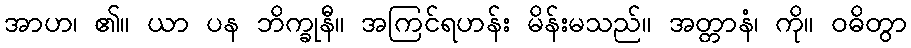
အာဟ၊ ၏။ ယာ ပန ဘိက္ခုနီ။ အကြင်ရဟန်း မိန်းမသည်။ အတ္တာနံ၊ ကို။ ဝဓိတွာ